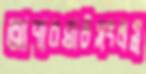
আপারঘাটসংলগ্ন